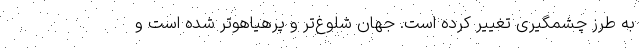
به طرز چشمگیری تغییر کرده است. جهان شلوغ‌تر و پرهیاهوتر شده است و